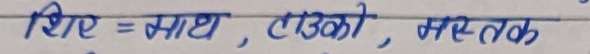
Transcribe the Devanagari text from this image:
शिर = साथ, टाउको, मस्तक